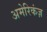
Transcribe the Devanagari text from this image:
अमेरिकंज़